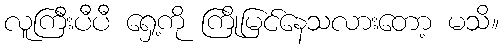
လူကြီးပီပီ ရှေ့ကို ကြိုမြင်နေသလားတော့ မသိ။